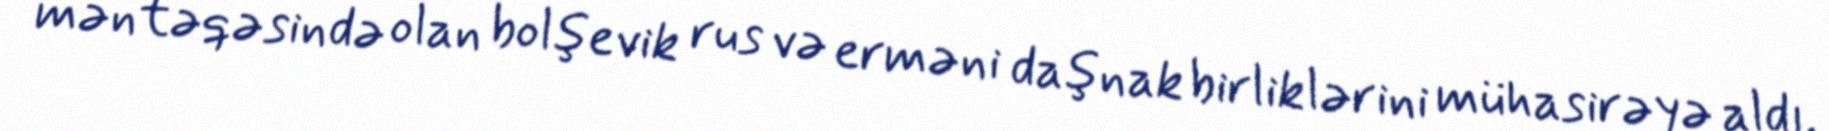
məntəqəsində olan bolşevik rus və erməni daşnak birliklərini mühasirəyə aldı.